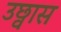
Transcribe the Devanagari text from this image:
उछ्वास